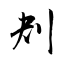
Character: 刔